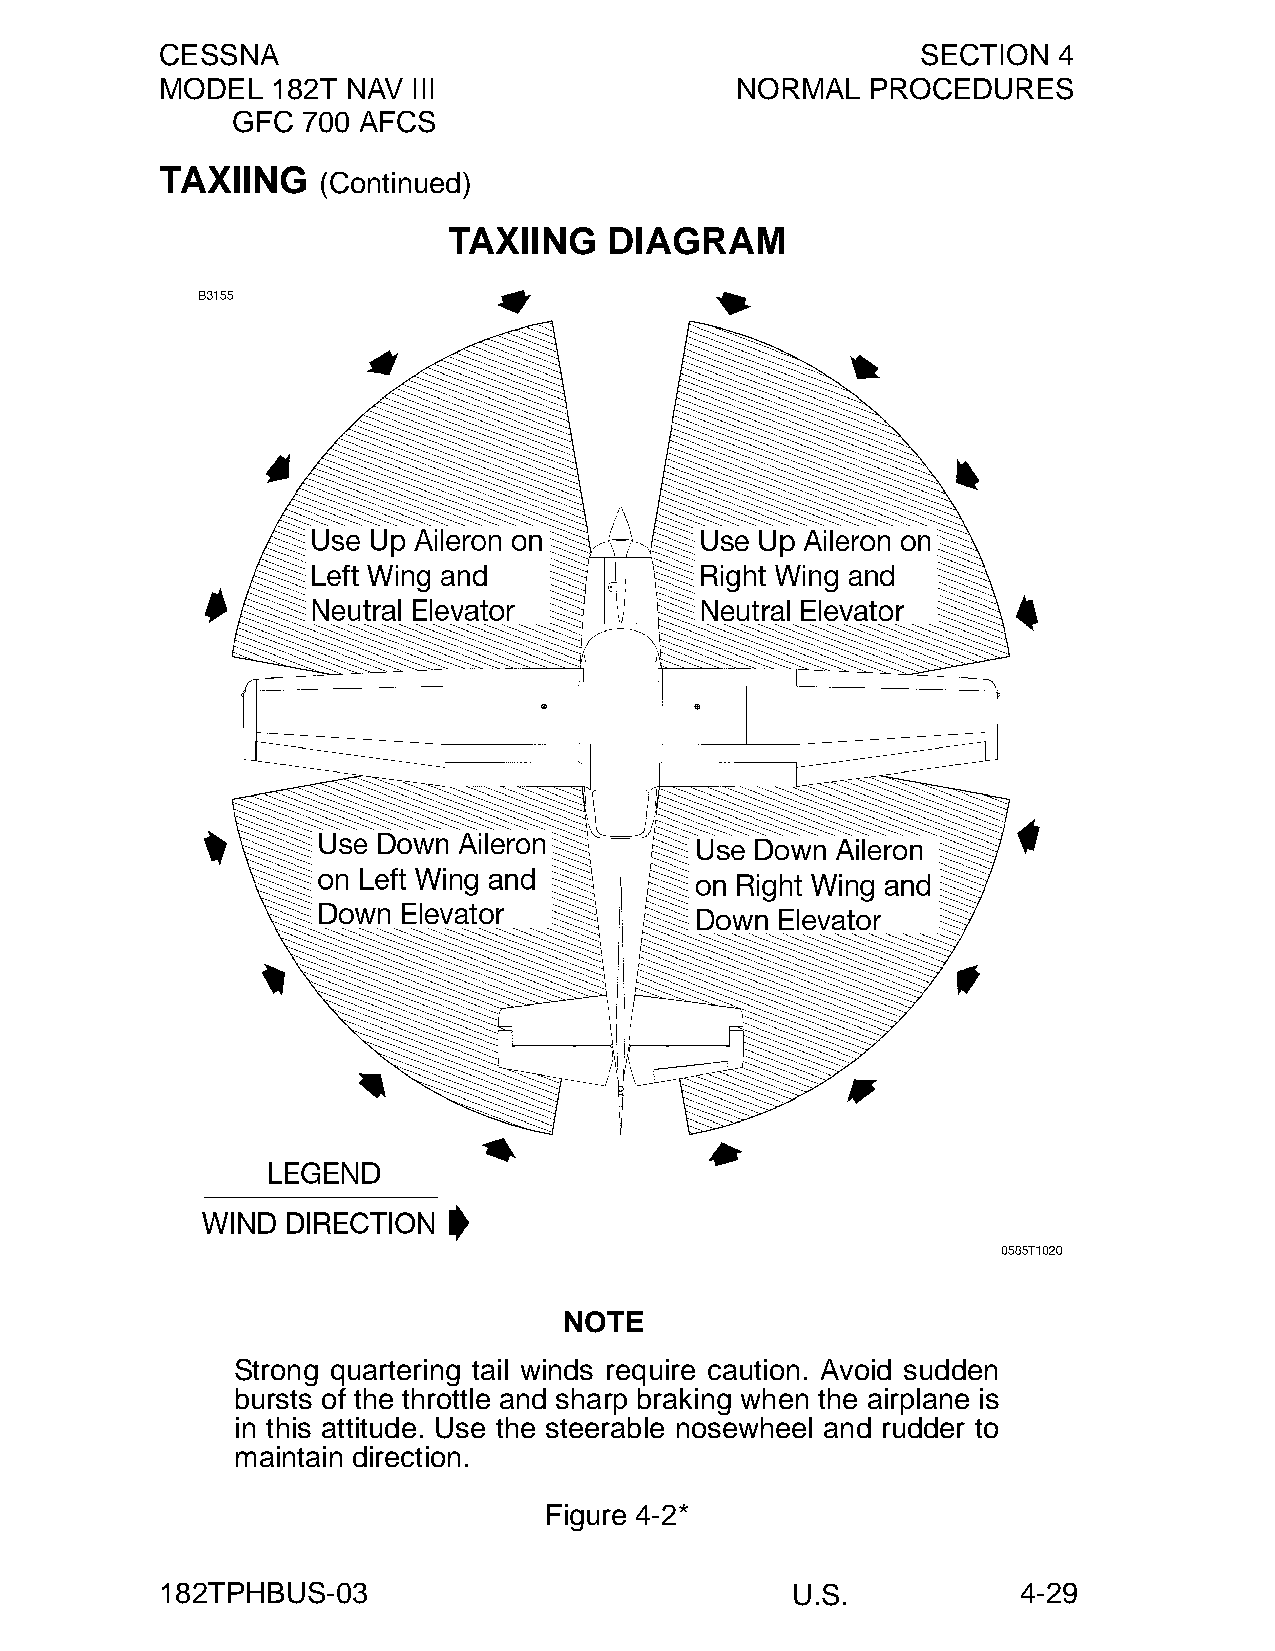
CESSNA                                            SECTION  4
 MODEL  182T NAV III                   NORMAL   PROCEDURES
 GFC  700 AFCS
 TAXIING
 (Continued)
 TAXIING   DIAGRAM
 NOTE
 Strong quartering tail winds require caution. Avoid sudden
 bursts of the throttle and sharp braking when the airplane is
 in this attitude. Use the steerable nosewheel and rudder to
 maintain direction.
 Figure 4-2*
 182TPHBUS-03                             U.S.            4-29